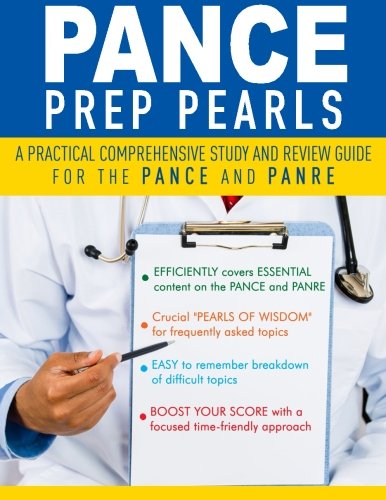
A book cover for Pance Prep Pearls; Dwayne A. Williams; Test Preparation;